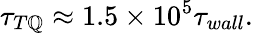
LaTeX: \tau_{T\mathbb{Q}}\approx1.5\times10^{5}\tau_{wall}.